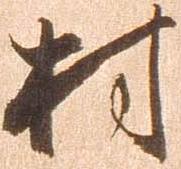
村